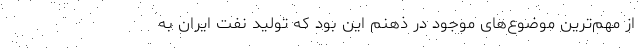
از مهم‌ترین موضوع‌های موجود در ذهنم این بود که تولید نفت ایران به